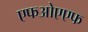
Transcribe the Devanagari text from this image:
एफओएएफ